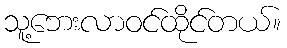
သူ့ဘေးလာဝင်ထိုင်တယ်။